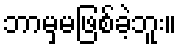
ဘာမှမဖြစ်ခဲ့ဘူး။